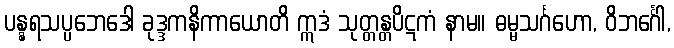
ပန္နရသပ္ပဘေဒေါ ခုဒ္ဒကနိကာယောတိ ဣဒံ သုတ္တန္တပိဋကံ နာမ။ ဓမ္မသင်္ဂဟော, ဝိဘင်္ဂေါ,